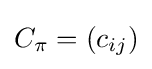
C_{\pi }=(c_{ij})